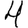
Digit: 4